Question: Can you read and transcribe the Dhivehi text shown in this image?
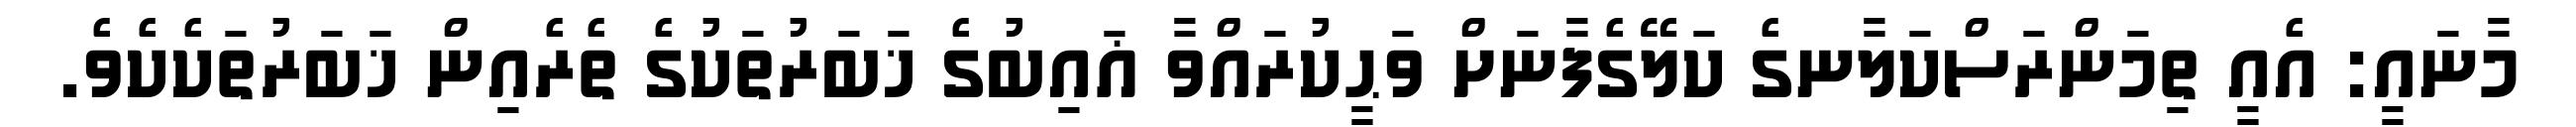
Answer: މާނައީ: އެއީ ތިމަންރަސްކަލާނގެ ކަލޭގެފާނަށް ވަޙީކުރައްވާ ޣައިބުގެ ޚަބަރުތަކުގެ ތެރެއިން ޚަބަރުތަކެކެވެ.